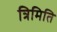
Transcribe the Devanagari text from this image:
त्रिमिति